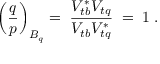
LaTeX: \left( \frac { q } { p } \right) _ { B _ { q } } = \; \frac { V _ { t b } ^ { * } V _ { t q } } { V _ { t b } V _ { t q } ^ { * } } \; = \; 1 \; .